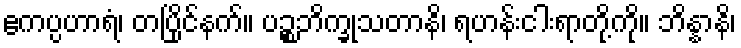
ဧကပ္ပဟာရံ၊ တပြိုင်နက်။ ပဉ္စဘိက္ခုသတာနိ၊ ရဟန်းငါးရာတို့ကို။ ဘိန္နာနိ၊